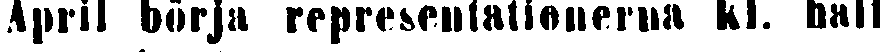
April börja representationerna kl. half